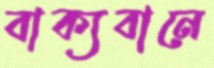
বাক্যবানে